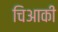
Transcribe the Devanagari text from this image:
चिआकी